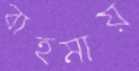
বাহমায়